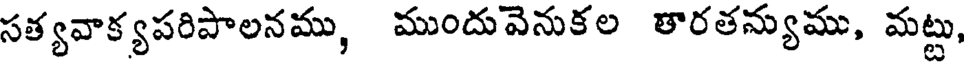
సత్యవాక్యపరిపాలనము, ముందువెనుకల తారతన్యుము, మట్టు,